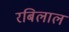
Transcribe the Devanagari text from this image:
रबिलाल